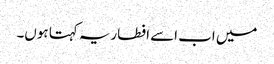
میں اب اسے افطاریہ کہتا ہوں۔